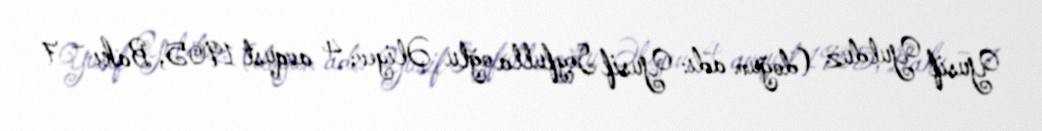
Yusif Yulduz (doğum adı: Yusif Seyfulla oğlu Əliyev; 4 avqust 1905, Bakı – 7